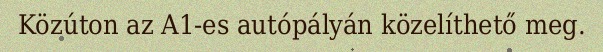
Közúton az A1-es autópályán közelíthető meg.